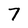
Character: 7